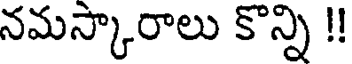
నమస్కారాలు కొన్ని !!